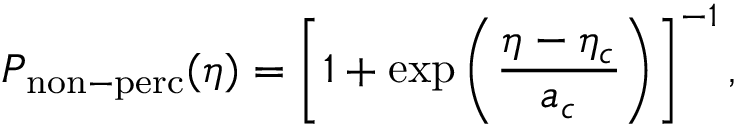
P _ { \mathrm { n o n - p e r c } } ( \eta ) = \left[ 1 + \exp \left( \frac { \eta - \eta _ { c } } { a _ { c } } \right) \right] ^ { - 1 } ,